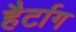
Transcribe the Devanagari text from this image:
हैर्टाग